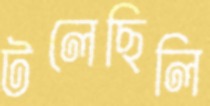
টলেছিলি